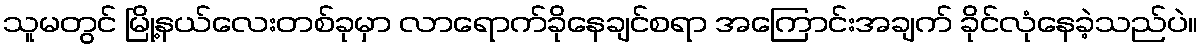
သူမတွင် မြို့နယ်လေးတစ်ခုမှာ လာရောက်ခိုနေချင်စရာ အကြောင်းအချက် ခိုင်လုံနေခဲ့သည်ပဲ။